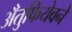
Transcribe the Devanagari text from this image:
अँतुफियेवने